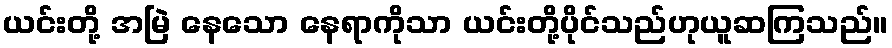
ယင်းတို့ အမြဲ နေသော နေရာကိုသာ ယင်းတို့ပိုင်သည်ဟုယူဆကြသည်။